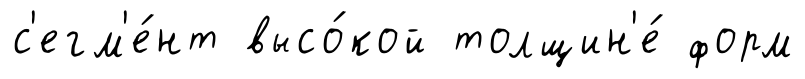
с'егм'е́нт высо́кой толщин'е́ форм